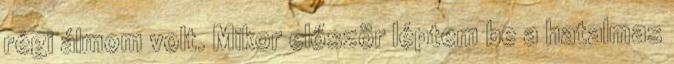
régi álmom volt. Mikor először léptem be a hatalmas